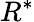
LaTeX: R^{\ast}